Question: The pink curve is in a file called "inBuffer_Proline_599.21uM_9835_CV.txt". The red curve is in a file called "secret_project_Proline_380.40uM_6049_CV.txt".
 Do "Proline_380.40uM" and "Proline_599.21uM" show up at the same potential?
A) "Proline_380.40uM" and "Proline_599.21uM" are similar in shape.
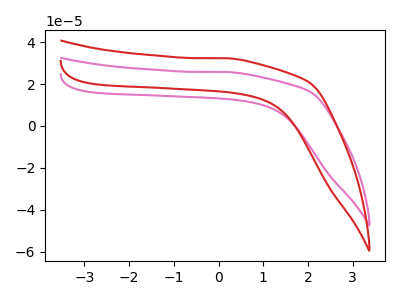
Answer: <think>The pink curve "Proline_599.21uM" has no peaks. The red curve "Proline_380.40uM" has no peaks.
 Neither "Proline_380.40uM" or "Proline_599.21uM" have any peaks.</think>
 <answer>A) "Proline_380.40uM" and "Proline_599.21uM" are similar in shape.</answer>
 <eval>A</eval>